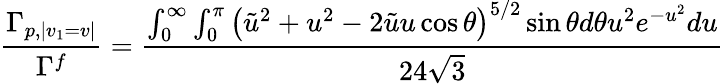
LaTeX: \frac{\Gamma_{p,|v_{1}=v|}}{\Gamma^{f}}=\frac{\int_{0}^{\infty}\int_{0}^{\pi}\left(\tilde{u}^{2}+u^{2}-2\tilde{u}u\cos\theta\right)^{5/2}\sin\theta d\theta u^{2}e^{-u^{2}}du}{24\sqrt{3}}